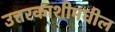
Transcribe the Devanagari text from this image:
उत्तरकाशीमधील